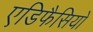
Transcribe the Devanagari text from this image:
एडिफैसियो